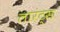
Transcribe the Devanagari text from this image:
लारंट्स